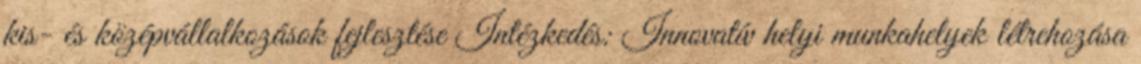
kis- és középvállalkozások fejlesztése Intézkedés: Innovatív helyi munkahelyek létrehozása